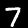
Digit: 7